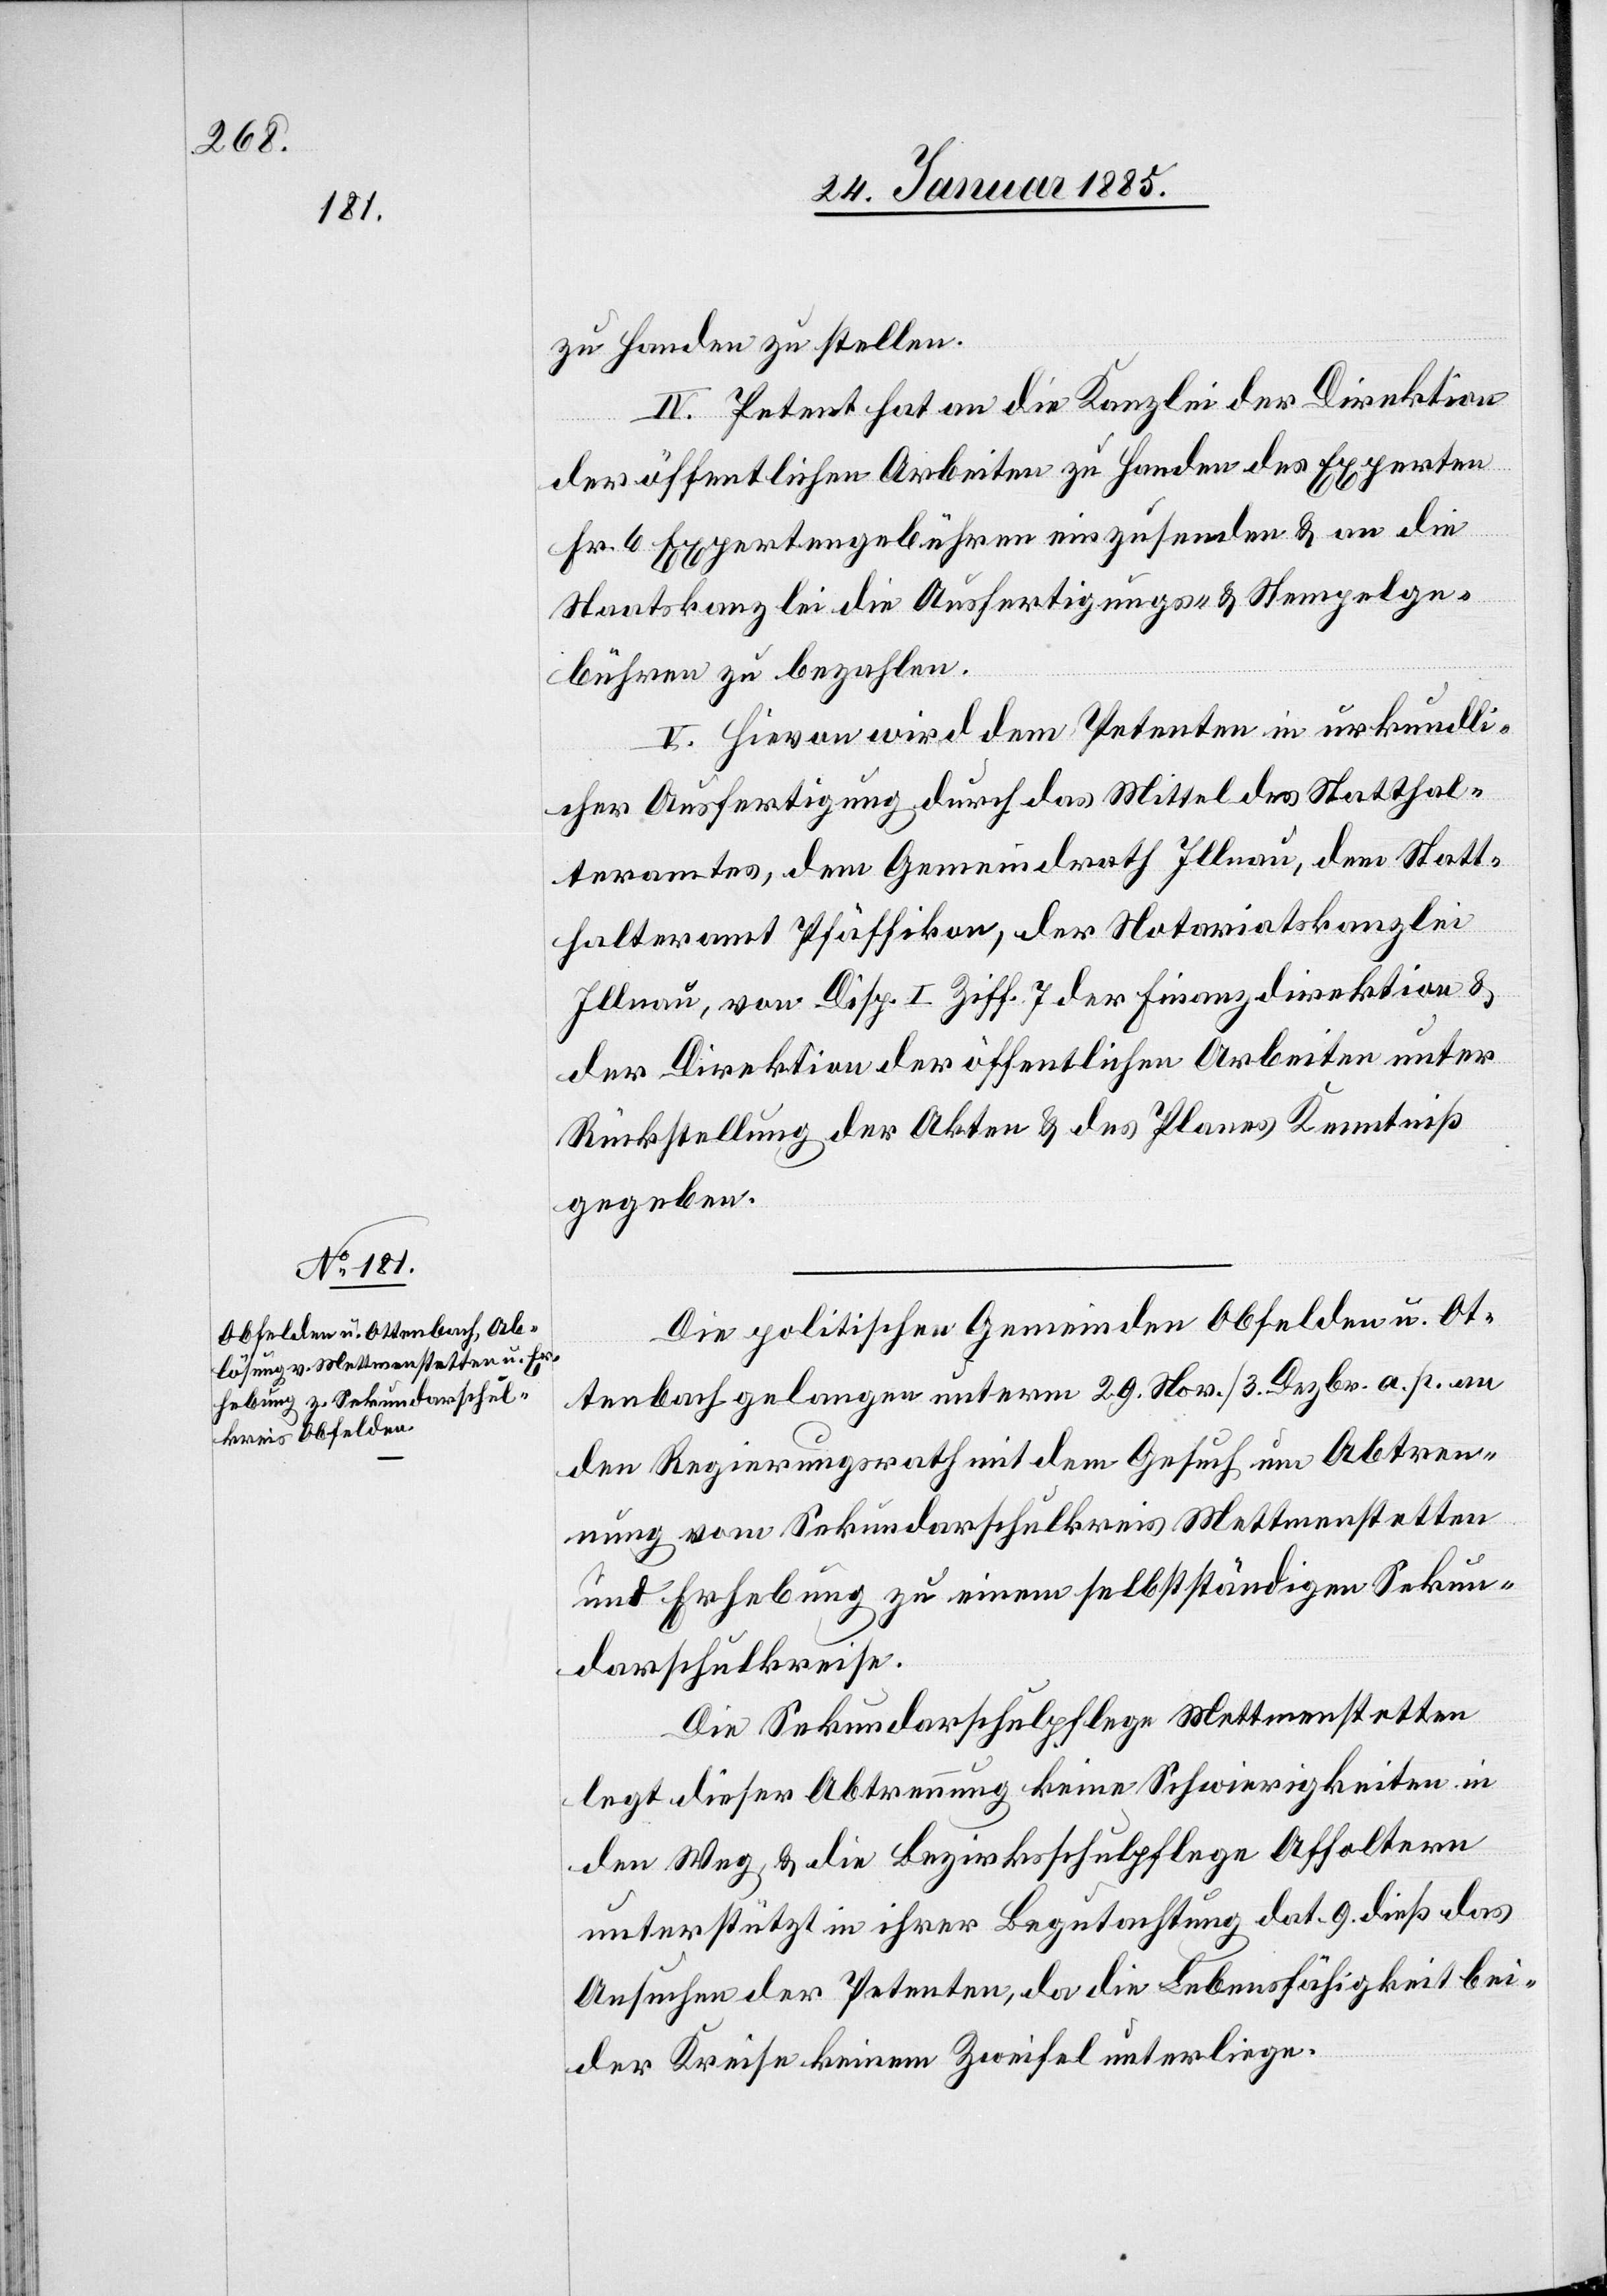
zu Handen zu stellen.
IV. Petent hat an die Kanzlei der Direktion
der öffentlichen Arbeiten zu Handen des Experten
Fr. 6 Expertengebühren einzusenden & an die
Staatskanzlei die Ausfertigungs- & Stempelge¬
bühren zu bezahlen.
V. Hievon wird dem Petenten in urkundli¬
cher Ausfertigung durch das Mittel des Statthal¬
teramtes, dem Gemeindrath Illnau, dem Statt¬
halteramt Pfäffikon, der Notariatskanzlei
Illnau, von Disp. I Ziff. 7 der Finanzdirektion &
der Direktion der öffentlichen Arbeiten unter
Rückstellung der Akten & des Planes Kenntniß
gegeben.
Die politische Gemeinde Obfelden u. Ot¬
tenbach gelangen unterm 29. Nov./3. Dezbr. a. p. an
den Regierungsrath mit dem Gesuch um Abtre¬
tung vom Sekundarschulkreis Mettmenstetten
und Erhebung zu einem selbstständigen Sekun¬
darschulkreise.
Die Sekundarschpflege Mettmenstetten
legt dieser Abtrennung keine Schwierigkeiten in
den Weg, & die Bezirksschulpflege Affoltern
unterstütz in ihrer Begutachtung dat. 9. dieß das
Ansuchen der Petenten, da die Lebensfähigkeit bei¬
der Kreise keinem Zweifel unterliege.